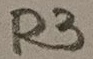
Text: R3